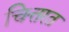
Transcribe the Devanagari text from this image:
चित्तरत